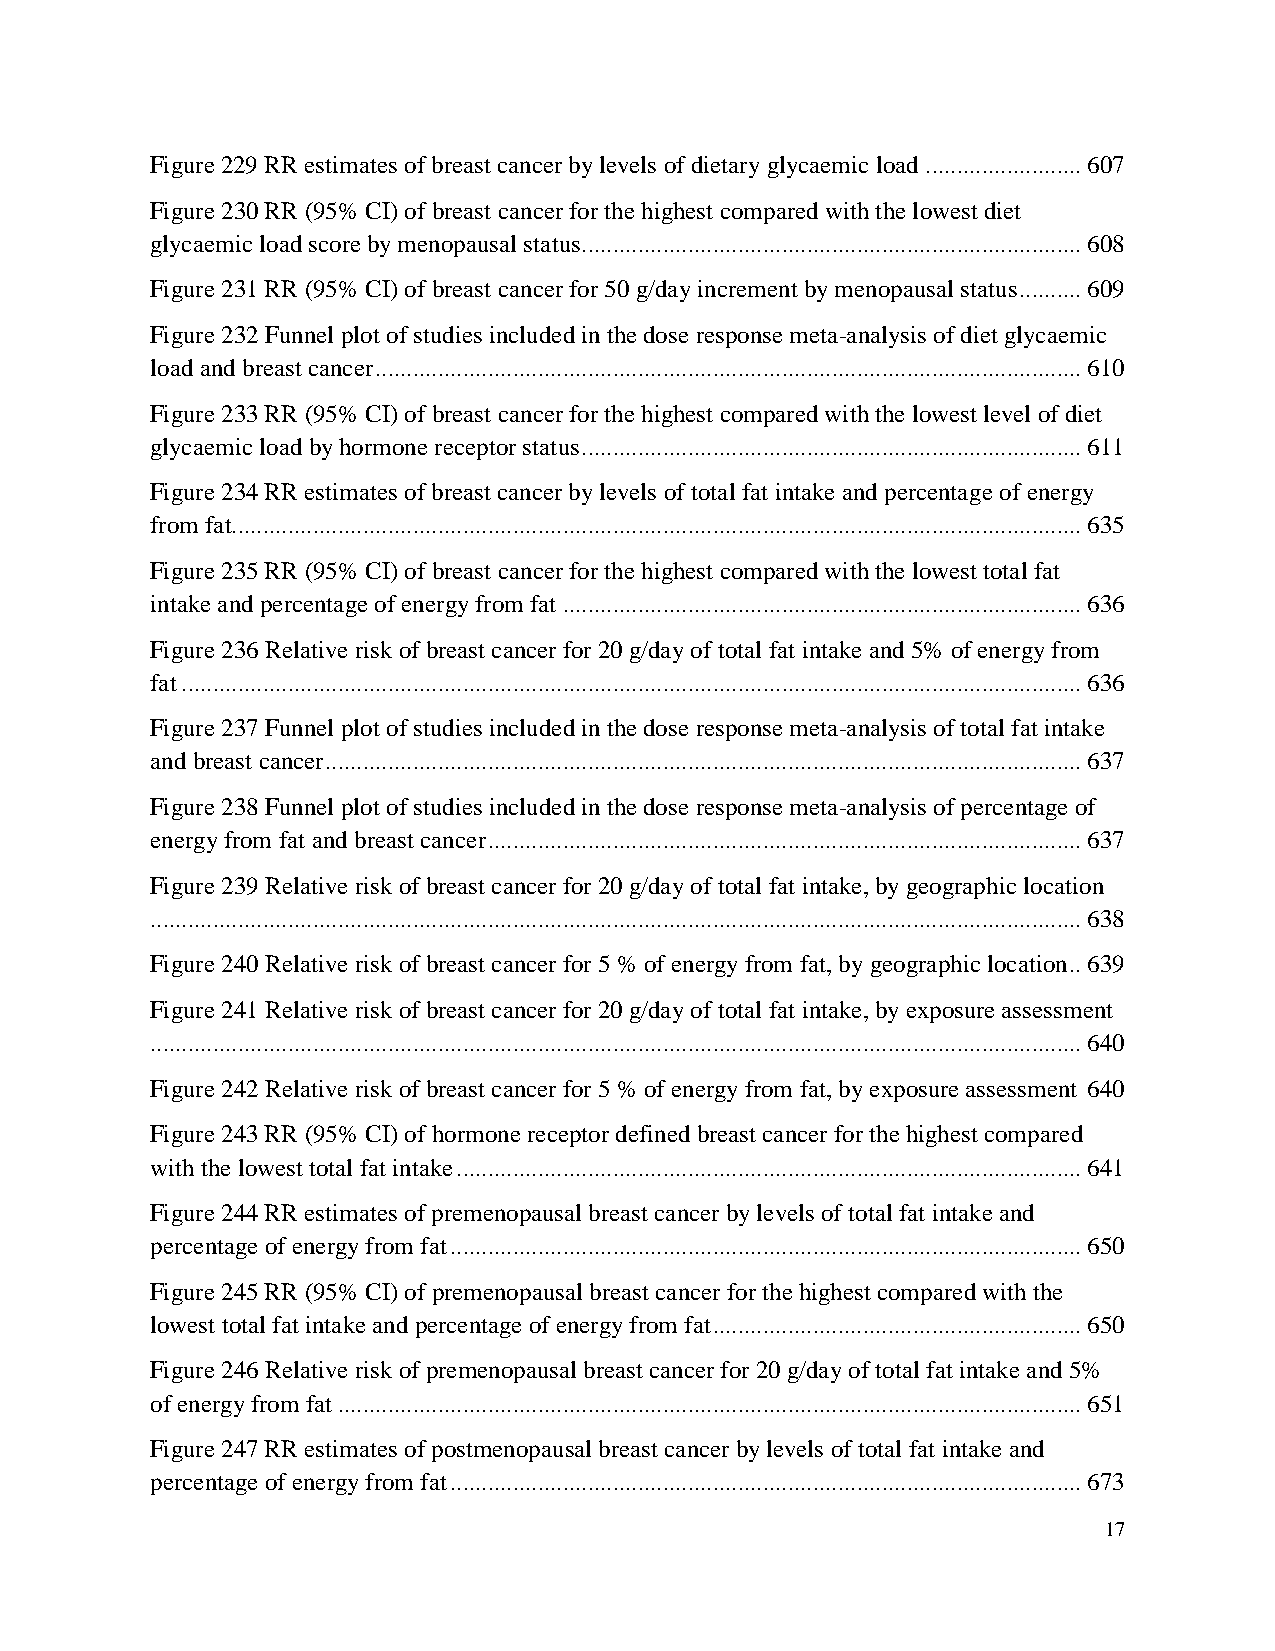
Figure 229 RR estimates of breast cancer by levels of dietary glycaemic load ......................... 607
 Figure 230 RR (95% CI) of breast cancer for the highest compared with the lowest diet
 glycaemic load score by menopausal status ................................................................................ 608
 Figure 231 RR (95% CI) of breast cancer for 50 g/day increment by menopausal status .......... 609
 Figure 232 Funnel plot of studies included in the dose response meta-analysis of diet glycaemic
 load and breast cancer ................................................................................................................. 610
 Figure 233 RR (95% CI) of breast cancer for the highest compared with the lowest level of diet
 glycaemic load by hormone receptor status ................................................................................ 611
 Figure 234 RR estimates of breast cancer by levels of total fat intake and percentage of energy
 from fat........................................................................................................................................ 635
 Figure 235 RR (95% CI) of breast cancer for the highest compared with the lowest total fat
 intake and percentage of energy from fat ................................................................................... 636
 Figure 236 Relative risk of breast cancer for 20 g/day of total fat intake and 5% of energy from
 fat ................................................................................................................................................ 636
 Figure 237 Funnel plot of studies included in the dose response meta-analysis of total fat intake
 and breast cancer ......................................................................................................................... 637
 Figure 238 Funnel plot of studies included in the dose response meta-analysis of percentage of
 energy from fat and breast cancer ............................................................................................... 637
 Figure 239 Relative risk of breast cancer for 20 g/day of total fat intake, by geographic location
 ..................................................................................................................................................... 638
 Figure 240 Relative risk of breast cancer for 5 % of energy from fat, by geographic location .. 639
 Figure 241 Relative risk of breast cancer for 20 g/day of total fat intake, by exposure assessment
 ..................................................................................................................................................... 640
 Figure 242 Relative risk of breast cancer for 5 % of energy from fat, by exposure assessment 640
 Figure 243 RR (95% CI) of hormone receptor defined breast cancer for the highest compared
 with the lowest total fat intake .................................................................................................... 641
 Figure 244 RR estimates of premenopausal breast cancer by levels of total fat intake and
 percentage of energy from fat ..................................................................................................... 650
 Figure 245 RR (95% CI) of premenopausal breast cancer for the highest compared with the
 lowest total fat intake and percentage of energy from fat ........................................................... 650
 Figure 246 Relative risk of premenopausal breast cancer for 20 g/day of total fat intake and 5%
 of energy from fat ....................................................................................................................... 651
 Figure 247 RR estimates of postmenopausal breast cancer by levels of total fat intake and
 percentage of energy from fat ..................................................................................................... 673
 17